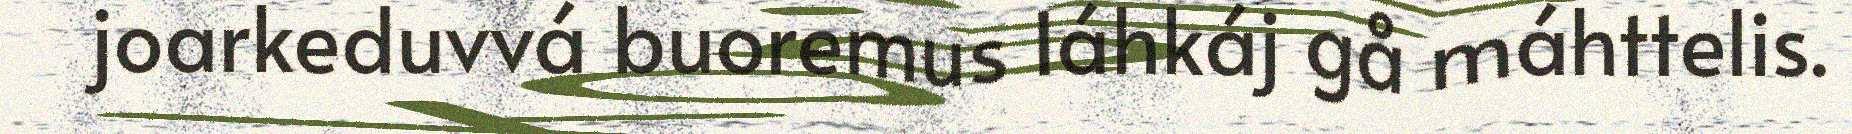
joarkeduvvá buoremus láhkáj gå máhttelis.